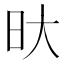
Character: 𭥏